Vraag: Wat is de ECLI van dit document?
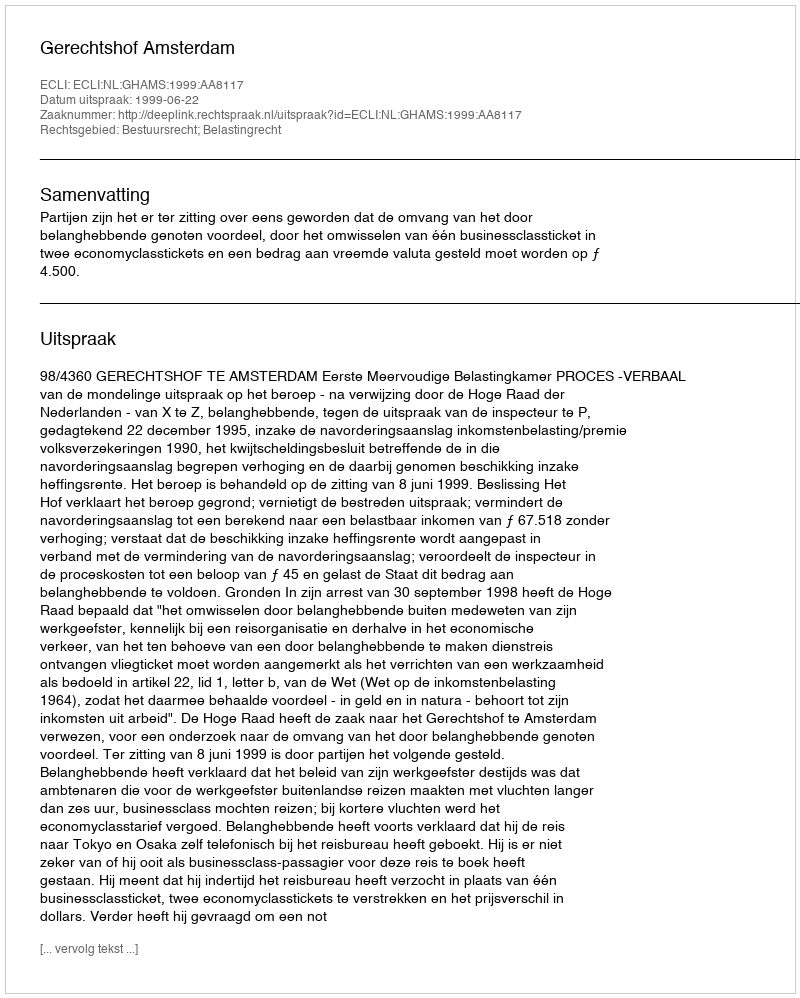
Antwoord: ECLI:NL:GHAMS:1999:AA8117